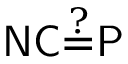
{ \mathsf { N C } } { \overset { ? } { = } } { \mathsf { P } }